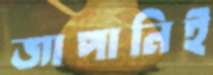
জাপানিই